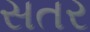
સતર